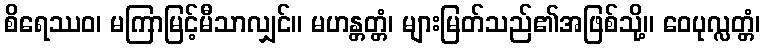
စိရေဿဝ၊ မကြာမြင့်မီသာလျှင်။ မဟန္တတ္တံ၊ များမြတ်သည်၏အဖြစ်သို့။ ဝေပုလ္လတ္တံ၊